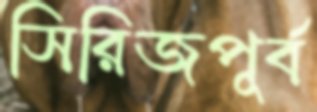
সিরিজপূর্ব